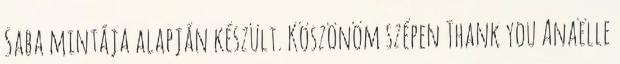
Saba mintája alapján készült. Köszönöm szépen Thank you Anaëlle